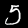
Digit: 5